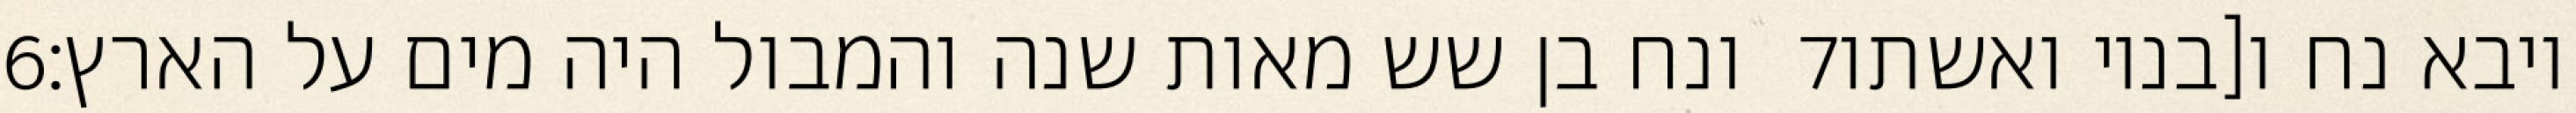
‎6‏ ונח בן שש מאות שנה והמבול היה מים על הארץ׃ ‎7‏ ויבא נח ו[בניו ואשתו